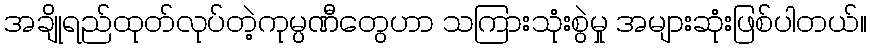
အချိုရည်ထုတ်လုပ်တဲ့ကုမ္ပဏီတွေဟာ သကြားသုံးစွဲမှု အများဆုံးဖြစ်ပါတယ်။